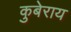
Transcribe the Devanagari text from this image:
कुबेराय